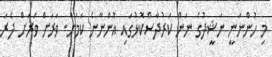
މި ހުންނަނީ ނަޝީދުގެ ނަން ކަރުދާސްކޮޅުގައި އޮންނާނެ ކަމަށް. ވަރަށް ވަރަށް ދެރަ